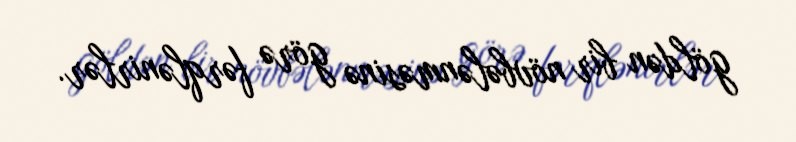
göldən bir növbələnməsinə görə fərqlənirlər.